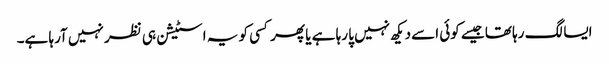
ایسا لگ رہا تھا جیسے کوئی اسے دیکھ نہیں پا رہا ہے یا پھر کسی کو یہ اسٹیشن ہی نظر نہیں آرہا ہے۔